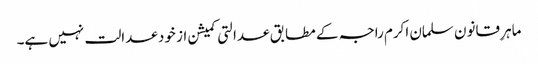
ماہرِ قانون سلمان اکرم راجہ کے مطابق عدالتی کمیشن از خود عدالت نہیں ہے۔